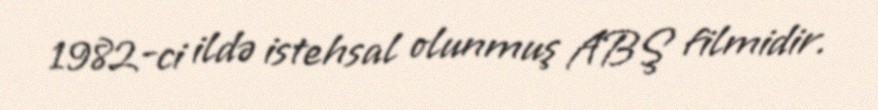
1982-ci ildə istehsal olunmuş ABŞ filmidir.